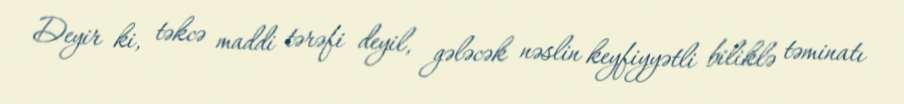
Deyir ki, təkcə maddi tərəfi deyil, gələcək nəslin keyfiyyətli biliklə təminatı